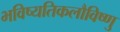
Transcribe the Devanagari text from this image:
भविष्यतिकलौविष्णु